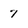
Character: 7